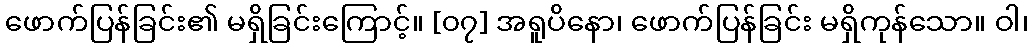
ဖောက်ပြန်ခြင်း၏ မရှိခြင်းကြောင့်။ [၀၇] အရူပိနော၊ ဖောက်ပြန်ခြင်း မရှိကုန်သော။ ဝါ၊